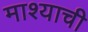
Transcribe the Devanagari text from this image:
माश्याची